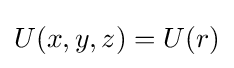
U(x,y,z)=U(r)